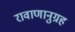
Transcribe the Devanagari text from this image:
रावाणानुग्रह